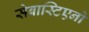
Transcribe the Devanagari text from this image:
सेबास्टिएनो